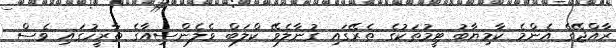
ރާއްޖޭގެ އެންމެ ކާމިޔާބު ޓީމުތަކުގެ ތެރޭގައި ގުނާލެވޭ ކްލަބް ވެލެންސިއާގެ ތާރީހުގައި ވެސް